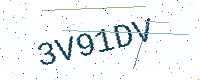
Text: 3V91DV